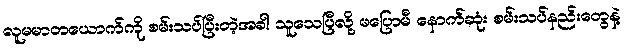
လူမမာတယောက်ကို စမ်းသပ်ပြီးတဲ့အခါ သူသေပြီလို့ မပြောမီ နောက်ဆုံး စမ်းသပ်နည်းတွေနဲ့